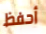
أحفظ